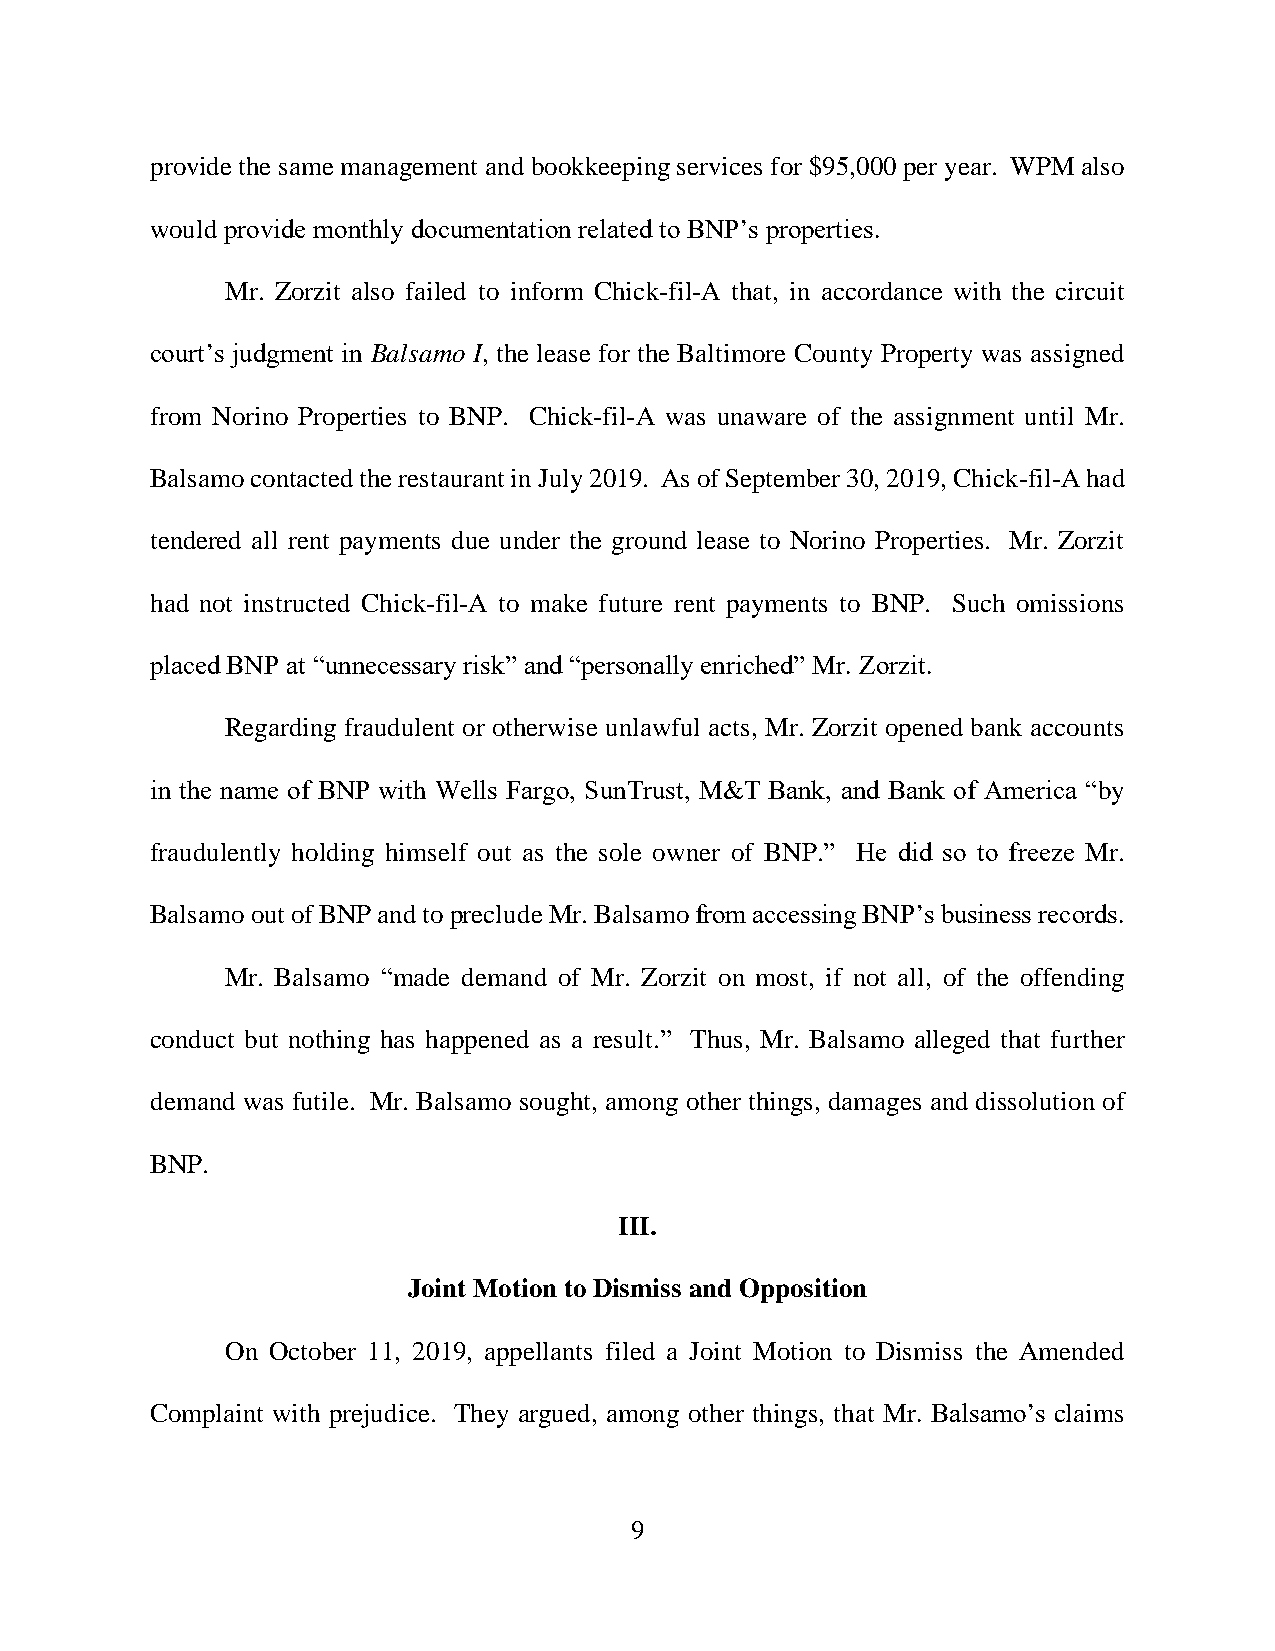
provide the same management and bookkeeping services for $95,000 per year. WPM also
 would provide monthly documentation related to BNP’s properties.
 Mr. Zorzit also failed to inform Chick-fil-A that, in accordance with the circuit
 court’s judgment in Balsamo I, the lease for the Baltimore County Property was assigned
 from Norino Properties to BNP. Chick-fil-A was unaware of the assignment until Mr.
 Balsamo contacted the restaurant in July 2019. As of September 30, 2019, Chick-fil-A had
 tendered all rent payments due under the ground lease to Norino Properties. Mr. Zorzit
 had not instructed Chick-fil-A to make future rent payments to BNP. Such omissions
 placed BNP at “unnecessary risk” and “personally enriched” Mr. Zorzit.
 Regarding fraudulent or otherwise unlawful acts, Mr. Zorzit opened bank accounts
 in the name of BNP with Wells Fargo, SunTrust, M&T Bank, and Bank of America “by
 fraudulently holding himself out as the sole owner of BNP.” He did so to freeze Mr.
 Balsamo out of BNP and to preclude Mr. Balsamo from accessing BNP’s business records.
 Mr. Balsamo “made demand of Mr. Zorzit on most, if not all, of the offending
 conduct but nothing has happened as a result.” Thus, Mr. Balsamo alleged that further
 demand was futile. Mr. Balsamo sought, among other things, damages and dissolution of
 BNP.
 III.
 Joint Motion to Dismiss and Opposition
 On October 11, 2019, appellants filed a Joint Motion to Dismiss the Amended
 Complaint with prejudice. They argued, among other things, that Mr. Balsamo’s claims
 9